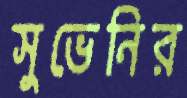
সুভেনির